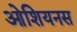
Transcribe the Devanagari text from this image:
ओशियनस